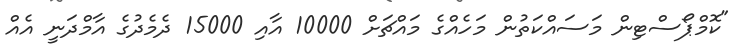
"ކޮމްޕޯސްޓިން މަސައްކަތުން މަހެއްގެ މައްޗަށް 10000 އާއި 15000 ދެމެދުގެ އާމްދަނީ އެއް